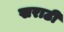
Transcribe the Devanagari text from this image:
खराठी